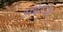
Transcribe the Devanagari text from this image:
अबेटमेंट